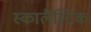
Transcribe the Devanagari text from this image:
स्कालैस्टिक